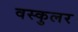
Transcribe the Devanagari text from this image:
वस्कुलर